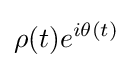
\rho (t)e^{i\theta (t)}